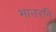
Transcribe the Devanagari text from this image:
भाउरनि